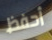
أحفظ